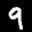
Label: 9